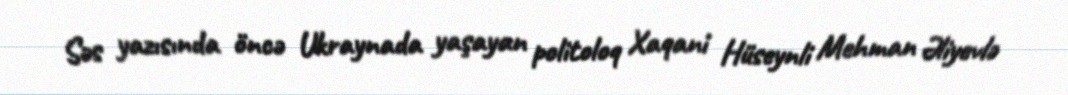
Səs yazısında öncə Ukraynada yaşayan politoloq Xaqani Hüseynli Mehman Əliyevlə